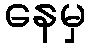
နေမှ